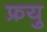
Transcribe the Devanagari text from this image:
फ्रयु